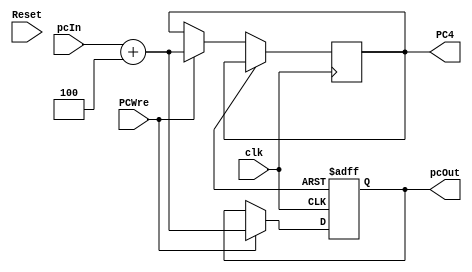
module PC(
  input clk,
  input Reset,
  input [31:0]pcIn,
  input PCWre,
  output [31:0]pcOut,
  output [31:0]PC4
  );
 // reg [31:0] pc; //暂时保存
initial begin
    PCOut = 0;
    PC4 = 4;
   end

always @(posedge clk or posedge reset) begin
  if (reset==1) begin
    pcOut = 0;
  end
  else if (PCWre) begin
    pcOut = pcIn+4; 
    PC4 = pcIn+4;
  end
end
endmodule